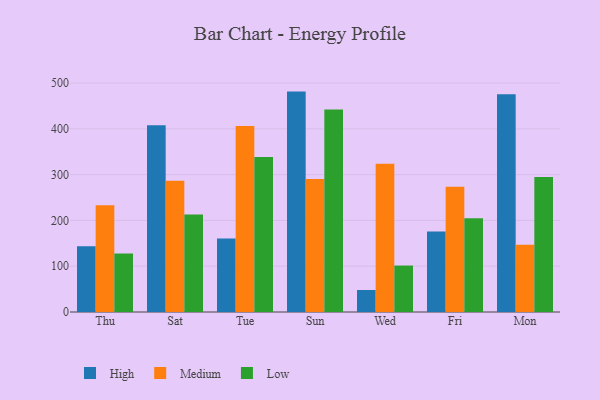
{"axis": {"x": "Day", "y": "Inventory Turnover"}, "legend": ["High", "Low", "Medium"], "data": [{"x": "Thu", "y": 143.8, "type": "High"}, {"x": "Thu", "y": 233.3, "type": "Medium"}, {"x": "Thu", "y": 127.9, "type": "Low"}, {"x": "Sat", "y": 408.0, "type": "High"}, {"x": "Sat", "y": 286.4, "type": "Medium"}, {"x": "Sat", "y": 212.8, "type": "Low"}, {"x": "Tue", "y": 160.5, "type": "High"}, {"x": "Tue", "y": 406.0, "type": "Medium"}, {"x": "Tue", "y": 338.3, "type": "Low"}, {"x": "Sun", "y": 481.3, "type": "High"}, {"x": "Sun", "y": 290.7, "type": "Medium"}, {"x": "Sun", "y": 442.1, "type": "Low"}, {"x": "Wed", "y": 48.1, "type": "High"}, {"x": "Wed", "y": 323.5, "type": "Medium"}, {"x": "Wed", "y": 101.4, "type": "Low"}, {"x": "Fri", "y": 175.6, "type": "High"}, {"x": "Fri", "y": 273.6, "type": "Medium"}, {"x": "Fri", "y": 204.9, "type": "Low"}, {"x": "Mon", "y": 475.6, "type": "High"}, {"x": "Mon", "y": 147.0, "type": "Medium"}, {"x": "Mon", "y": 294.6, "type": "Low"}]}